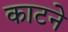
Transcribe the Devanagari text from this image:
काटनेे